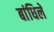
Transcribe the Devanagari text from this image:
बांधिलें